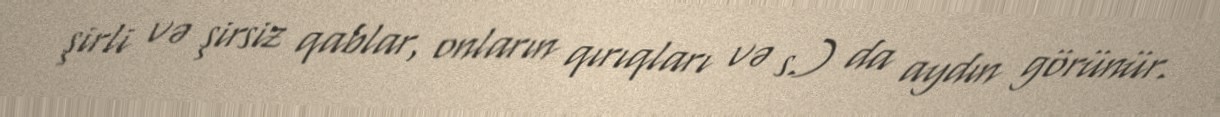
şirli və şirsiz qablar, onların qırıqları və s.) da aydın görünür.